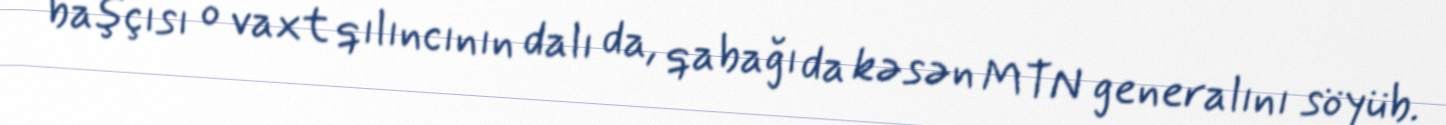
başçısı o vaxt qılıncının dalı da, qabağı da kəsən MTN generalını söyüb.